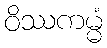
ဝိဿကမ္မံ